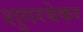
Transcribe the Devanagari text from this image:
शुगरबेकर